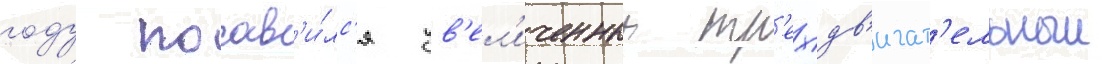
году поав'и́лс'я ув'ел'иченныи тр'ехдв'игат'ельныи